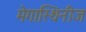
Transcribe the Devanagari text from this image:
मेगास्थिनीज